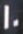
10